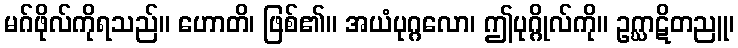
မဂ်ဖိုလ်ကိုရသည်။ ဟောတိ၊ ဖြစ်၏။ အယံပုဂ္ဂလော၊ ဤပုဂ္ဂိုလ်ကို။ ဥဂ္ဃာဋိတညူ၊